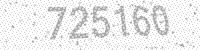
Solution: 725160